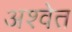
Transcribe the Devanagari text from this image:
अश्‍वेत